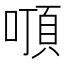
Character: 𠽒